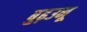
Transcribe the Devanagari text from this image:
बुढ़उनू